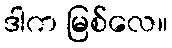
ဒါက မြစ်လေ။